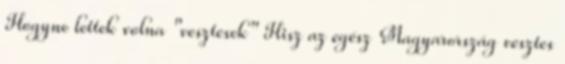
Hogyne lettek volna "vesztesek" Hisz az egész Magyarország vesztes